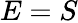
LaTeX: E=S